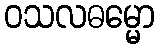
ဝသလဓမ္မော